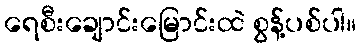
ရေစီးချောင်းမြောင်းထဲ စွန့်ပစ်ပါ။